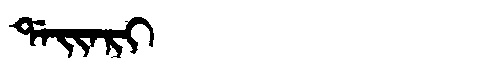
Manchu: ᡩᠠᡳᠠᡵᡳ
Romanization: DAIARI